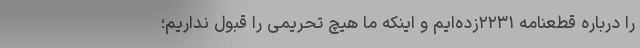
را درباره قطعنامه ۲۲۳۱زده‌ایم و اینکه ما هیچ تحریمی را قبول نداریم؛